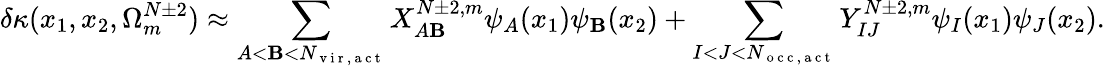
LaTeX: \delta\kappa(x_{1},x_{2},\Omega_{m}^{N\pm2})\approx\sum_{A<\mathbf{B}<N_{\mathrm{{~v~i~r~,~a~c~t~}}}}X_{A\mathbf{B}}^{N\pm2,m}\psi_{A}(x_{1})\psi_{\mathbf{B}}(x_{2})+\sum_{I<J<N_{\mathrm{{~o~c~c~,~a~c~t~}}}}Y_{IJ}^{N\pm2,m}\psi_{I}(x_{1})\psi_{J}(x_{2}).